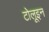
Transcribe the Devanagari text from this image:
टोलूइन